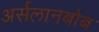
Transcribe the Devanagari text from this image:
अर्सलानबोब